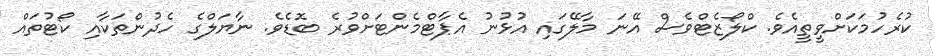
ކުރެހުމަކަށްވީތީއެވެ. ކްލޯޒެޓްވެސް އޭނަ މާލޭގައި އުޅުނު އެޕާޓްމެންޓަށްވުރެ ބޮޑެވެ. ނާޔަލްގެ ހެދުންތަކާއި ކޯޓުތައް